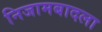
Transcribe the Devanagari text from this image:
निजामबादला